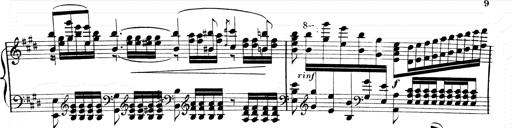
Title: 2 Transcriptions d'aprÃ¨s Rossini
Composer: Franz Liszt